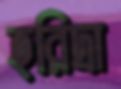
হরিদ্রা